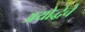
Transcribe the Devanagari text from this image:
अयोद्धेचे